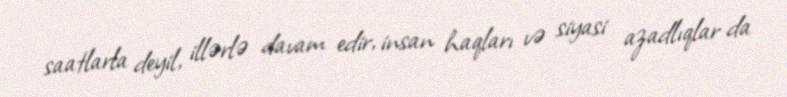
saatlarla deyil, illərlə davam edir, insan haqları və siyasi azadlıqlar da